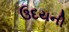
ઉદયની